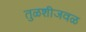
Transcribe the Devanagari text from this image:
तुळशीजवळ